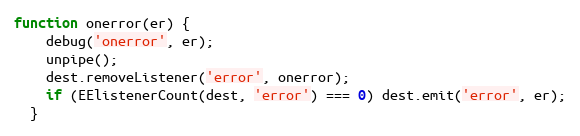
Language: JavaScript
function onerror(er) {
    debug('onerror', er);
    unpipe();
    dest.removeListener('error', onerror);
    if (EElistenerCount(dest, 'error') === 0) dest.emit('error', er);
  }